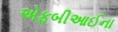
એફબીઆઈના